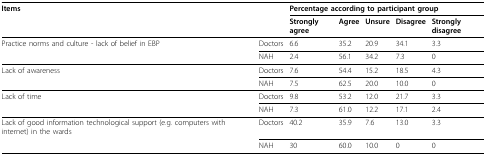
<table><thead><tr><td><b>Items</b></td><td></td><td colspan="5"><b>Percentage according to participant group</b></td></tr><tr><td></td><td></td><td><b>Strongly agree</b></td><td><b>Agree</b></td><td><b>Unsure</b></td><td><b>Disagree</b></td><td><b>Strongly disagree</b></td></tr></thead><tbody><tr><td>Practice norms and culture - lack of belief in EBP</td><td>Doctors</td><td>6.6</td><td>35.2</td><td>20.9</td><td>34.1</td><td>3.3</td></tr><tr><td></td><td>NAH</td><td>2.4</td><td>56.1</td><td>34.2</td><td>7.3</td><td>0</td></tr><tr><td>Lack of awareness</td><td>Doctors</td><td>7.6</td><td>54.4</td><td>15.2</td><td>18.5</td><td>4.3</td></tr><tr><td></td><td>NAH</td><td>7.5</td><td>62.5</td><td>20.0</td><td>10.0</td><td>0</td></tr><tr><td>Lack of time</td><td>Doctors</td><td>9.8</td><td>53.2</td><td>12.0</td><td>21.7</td><td>3.3</td></tr><tr><td></td><td>NAH</td><td>7.3</td><td>61.0</td><td>12.2</td><td>17.1</td><td>2.4</td></tr><tr><td>Lack of good information technological support (e.g. computers with internet) in the wards</td><td>Doctors</td><td>40.2</td><td>35.9</td><td>7.6</td><td>13.0</td><td>3.3</td></tr><tr><td></td><td>NAH</td><td>30</td><td>60.0</td><td>10.0</td><td>0</td><td>0</td></tr></tbody></table>